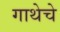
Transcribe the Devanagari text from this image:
गाथेचे